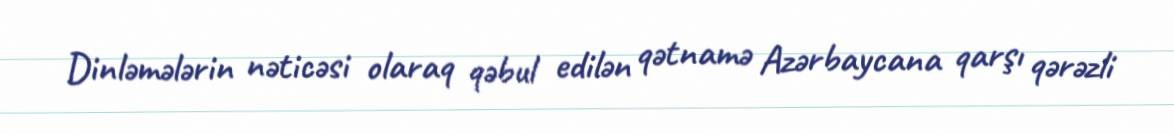
Dinləmələrin nəticəsi olaraq qəbul edilən qətnamə Azərbaycana qarşı qərəzli